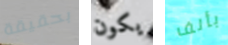
بحقيقة يكون بألف